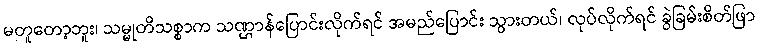
မတူတော့ဘူး၊ သမ္မုတိသစ္စာက သဏ္ဌာန်ပြောင်းလိုက်ရင် အမည်ပြောင်း သွားတယ်၊ လုပ်လိုက်ရင် ခွဲခြမ်းစိတ်ဖြာ